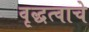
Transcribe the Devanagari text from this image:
वृद्धत्वाचे